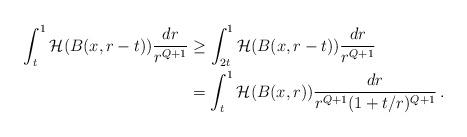
LaTeX: \begin{align*}\int_{t}^1\mathcal{H}(B(x,r-t))\frac{dr}{r^{Q+1}}&\geq \int_{2t}^1\mathcal{H}(B(x,r-t))\frac{dr}{r^{Q+1}}\\&=\int_{t}^1\mathcal{H}(B(x,r))\frac{dr}{r^{Q+1}(1+t/r)^{Q+1}}\,.\end{align*}